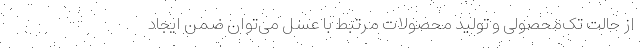
از حالت تک‌محصولی و تولید محصولات مرتبط با عسل می‌توان ضمن ایجاد